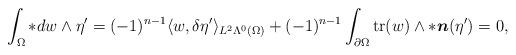
LaTeX: \begin{align*} \begin{aligned} \int_{\Omega}\ast dw\wedge\eta'=(-1)^{n-1}\langle w,\delta\eta'\rangle_{L^{2}\Lambda^{0}(\Omega)}+(-1)^{n-1}\int_{\partial\Omega}\mathrm{tr}(w)\wedge\ast\boldsymbol{n}(\eta') =0, \end{aligned}\end{align*}